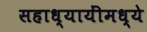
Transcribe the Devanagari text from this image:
सहाध्यायींमध्ये